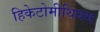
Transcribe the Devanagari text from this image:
हिकेटोमीथियम